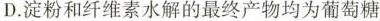
D.淀粉和纤维素水解的最终产物均为葡萄糖